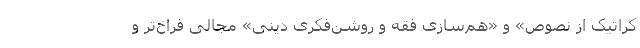
کراتیک از نصوص» و «هم‌سازی فقه و روشن‌فکری دینی» مجالی فراخ‌تر و